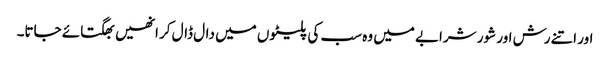
اور اتنے رش اور شور شرابے میں وہ سب کی پلیٹوں میں دال ڈال کر انھیں بھگتائے جاتا۔